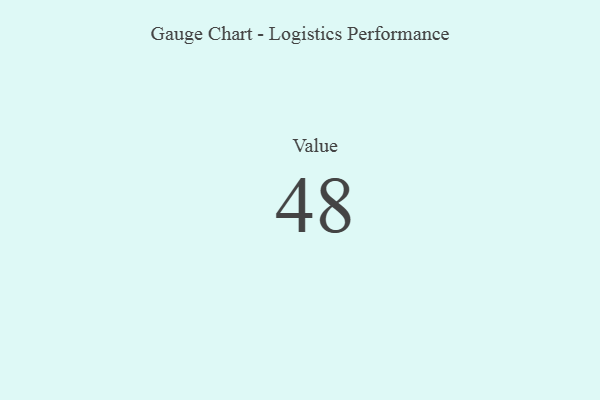
{"axis": {"x": "Metric", "y": "Value"}, "legend": [""], "data": [{"x": "Value", "y": 48, "type": ""}]}